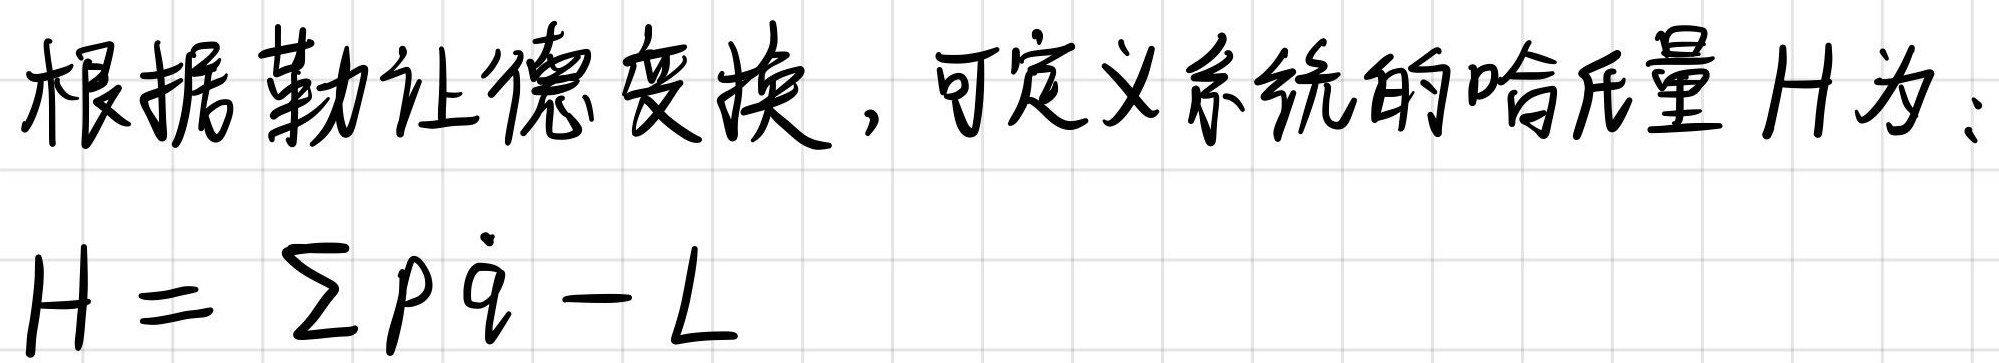
根据勒让德变换，可定义系统的哈氏量 $H$ 为：
$H = \sum p \dot{q} - L$